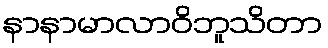
နာနာမာလာဝိဘူသိတာ